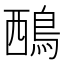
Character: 𪀹